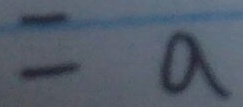
= a